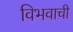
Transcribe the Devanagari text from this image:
विभवाची